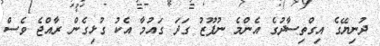
ދުނިޔޭގެ އިގްތިސާދުގެ އެންމެ ނުފޫޒު ގަދަ ގައުމާ އެކު ގުޅިގެން ރާއްޖެ ވެސް